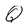
Character: Q